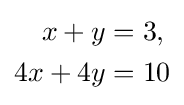
{\begin{aligned}x+y&=3,\\4x+4y&=10\end{aligned}}